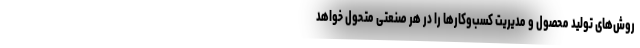
روش‌های تولید محصول و مدیریت کسب‌وکارها را در هر صنعتی متحول خواهد